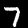
Digit: 7